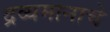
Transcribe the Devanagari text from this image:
द्रव्यमानाचे